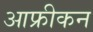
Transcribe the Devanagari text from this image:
आफ्रीकन